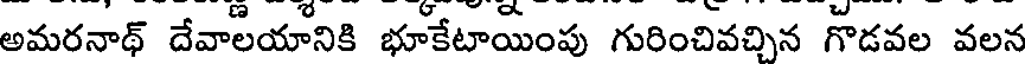
అమరనాథ్ దేవాలయానికి భూకేటాయింపు గురించివచ్చిన గొడవల వలన